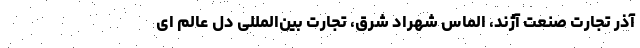
آذر تجارت صنعت آژند، الماس شهراد شرق، تجارت بین‌المللی دل عالم ای